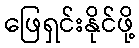
ဖြေရှင်းနိုင်ဖို့